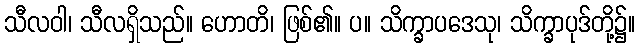
သီလဝါ၊ သီလရှိသည်။ ဟောတိ၊ ဖြစ်၏။ ပ။ သိက္ခာပဒေသု၊ သိက္ခာပုဒ်တို့၌။